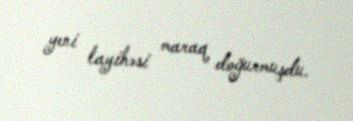
yeni layihəsi maraq doğurmuşdu.